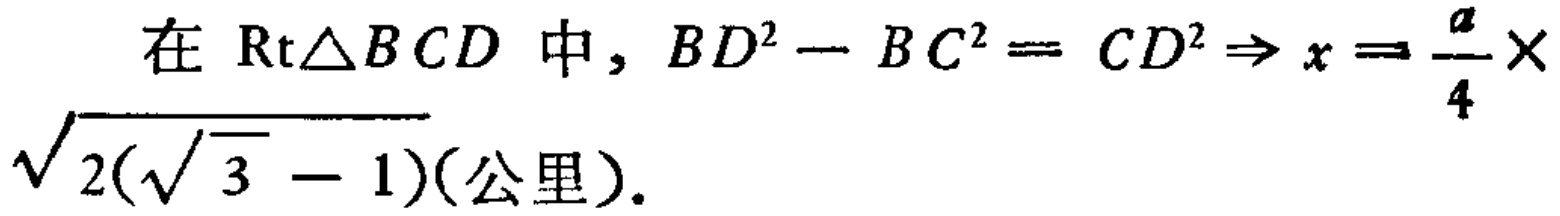
在 $\mathrm{Rt}\triangle BCD$ 中, $BD^{2}-BC^{2}=CD^{2}\Rightarrow x = \frac{a}{4}\times\sqrt{2(\sqrt{3}-1)}$(公里).